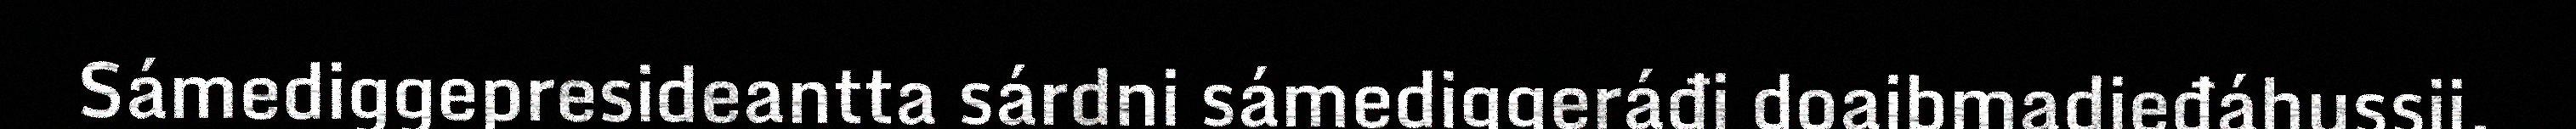
Sámediggepresideantta sárdni sámediggeráđi doaibmadieđáhussii,